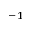
^ { - 1 }